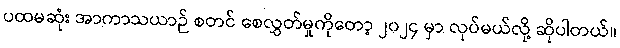
ပထမဆုံး အာကာသယာဉ် စတင် စေလွှတ်မှုကိုတော့ ၂၀၂၄ မှာ လုပ်မယ်လို့ ဆိုပါတယ်။